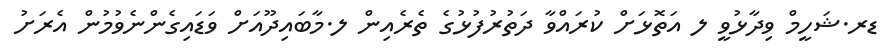
ޑރ.ޝަހީމް ވިދާޅުވީ ލ އަތޮޅަށް ކުރައްވާ ދަތުރުފުޅުގެ ތެރެއިން ލ.މާބައިދޫއަށް ވަޑައިގެންނެވުމުން އެރަށު